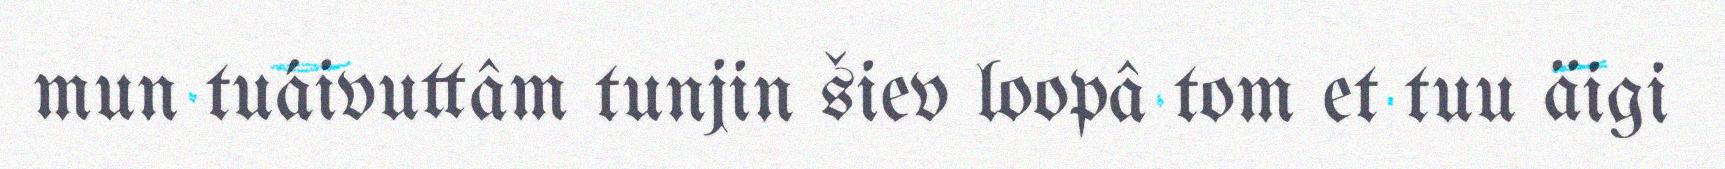
mun tuáivuttâm tunjin šiev loopâ tom et tuu äigi